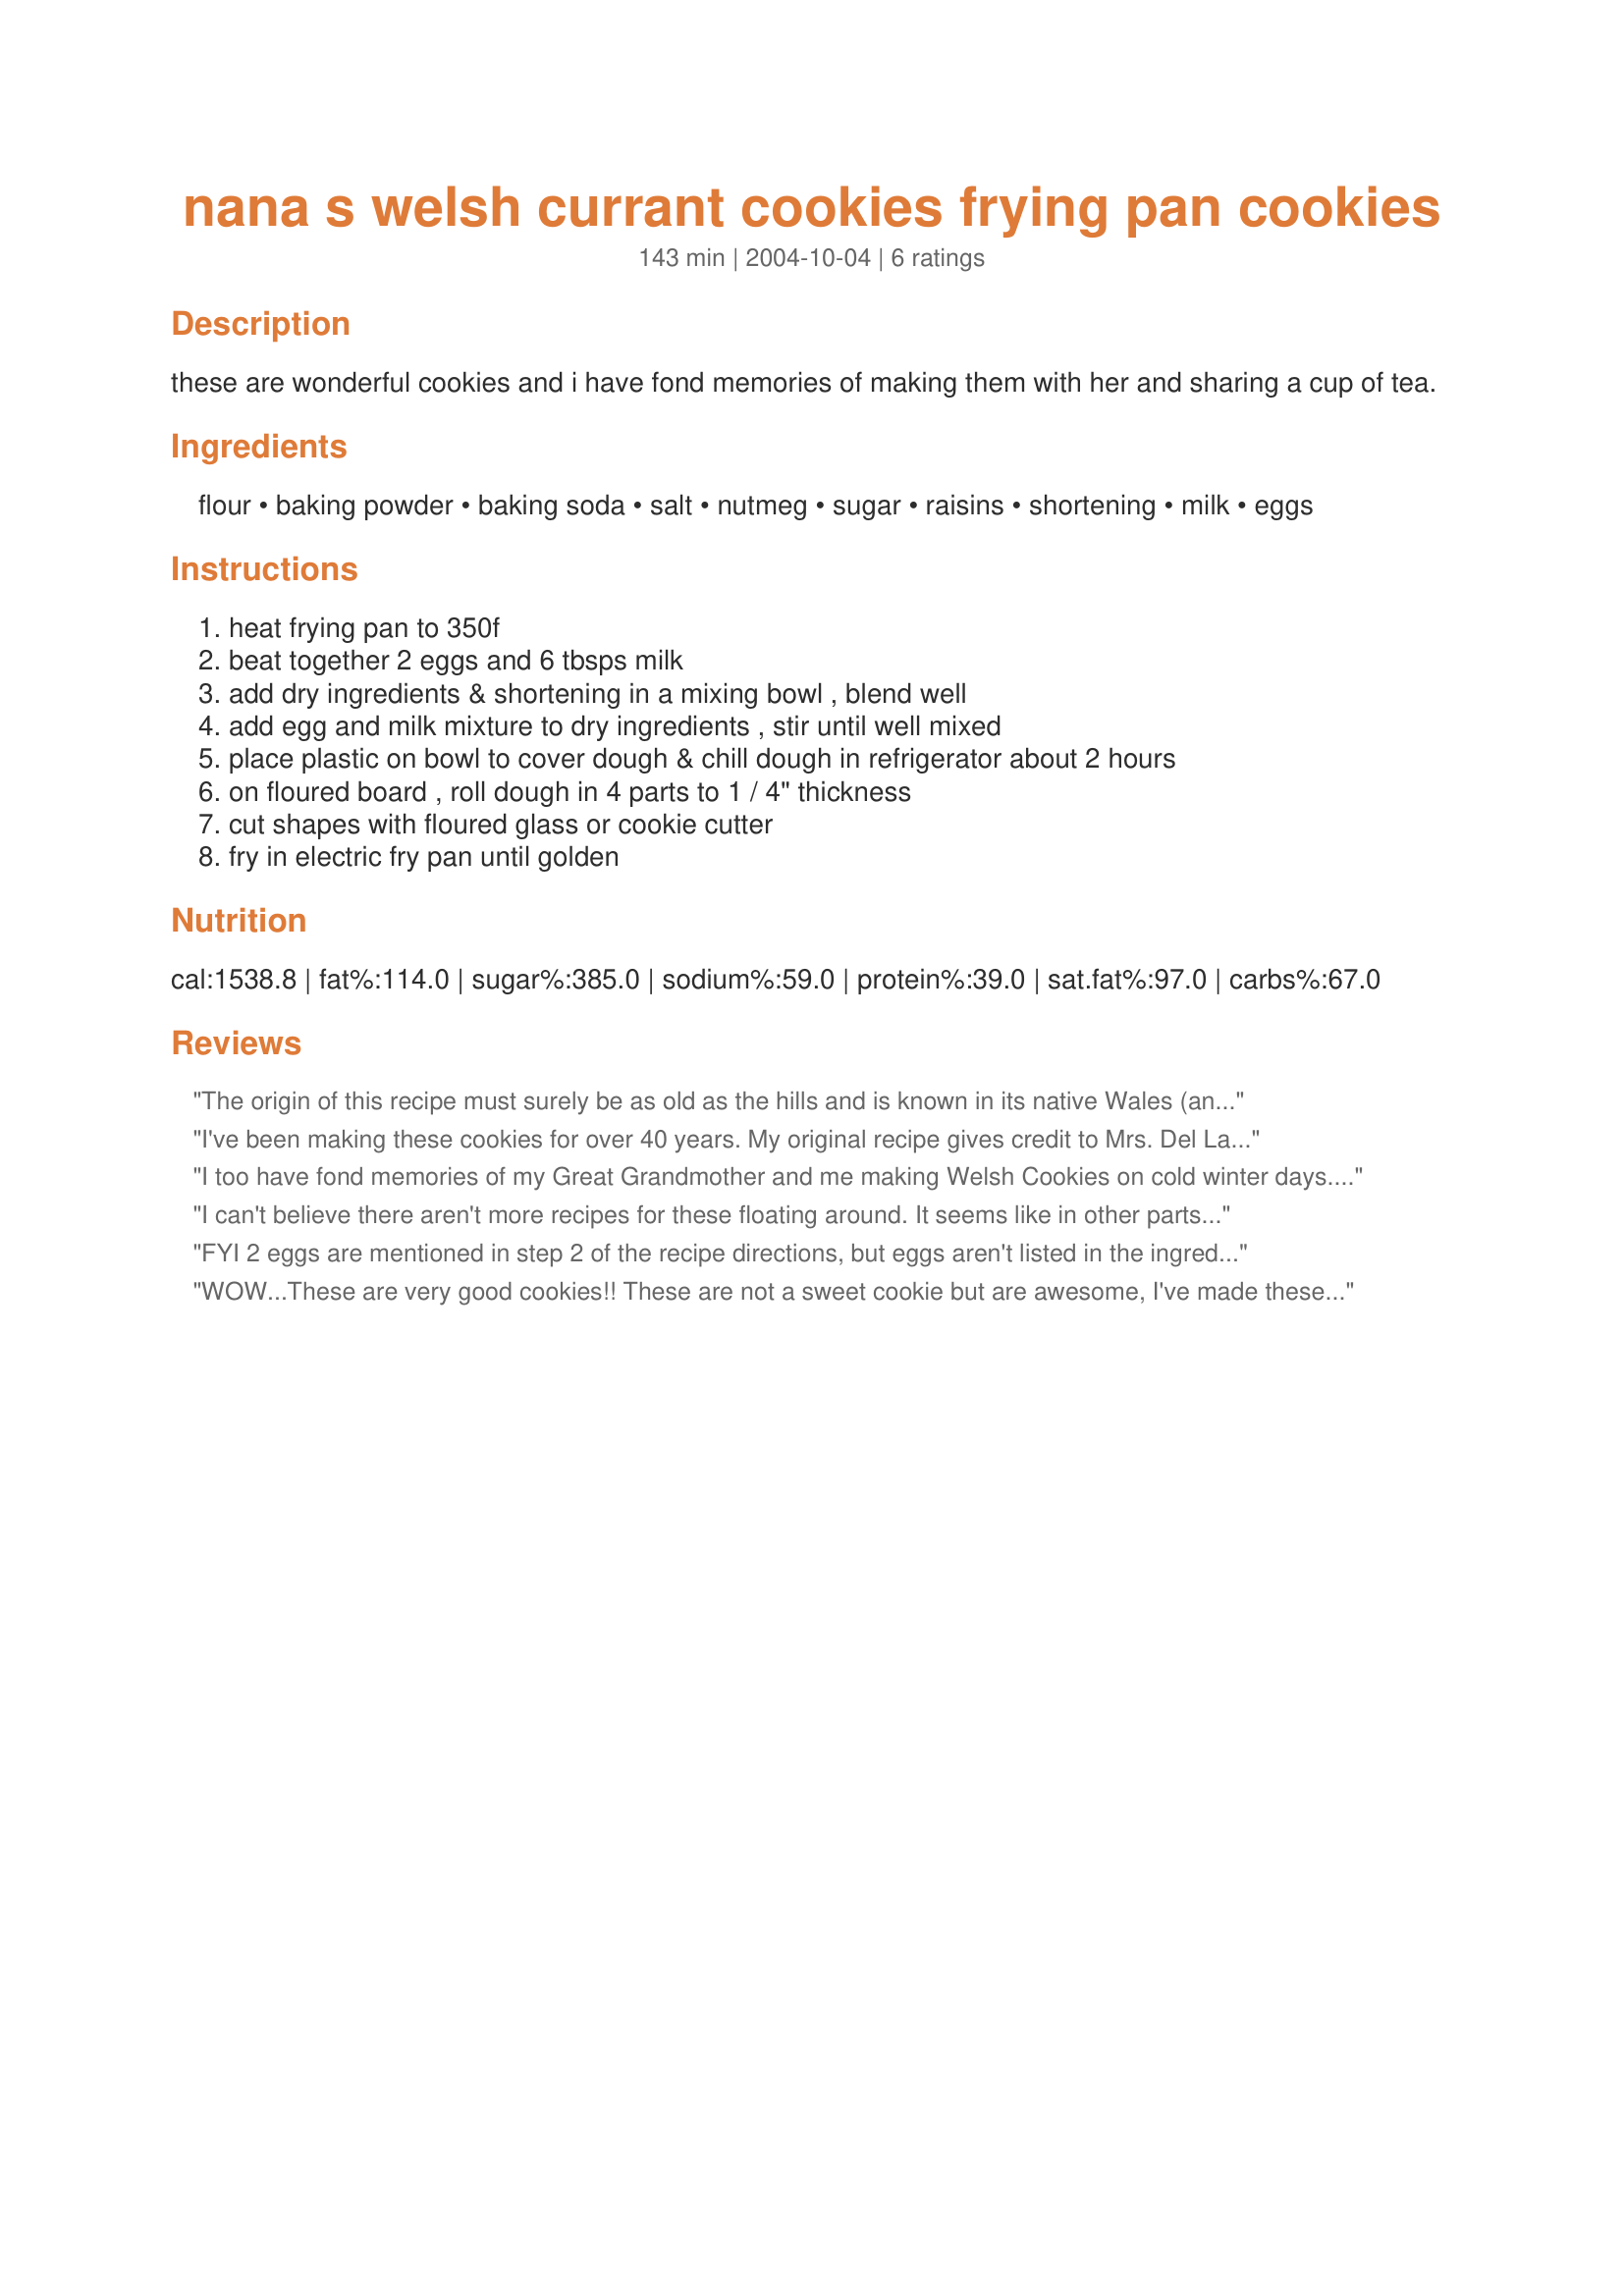
nana s welsh currant cookies frying pan cookies
Preparation time: 143 minutes

these are wonderful cookies and i have fond memories of making them with her and sharing a cup of tea.

Ingredients:
flour, baking powder, baking soda, salt, nutmeg, sugar, raisins, shortening, milk, eggs

Steps:
heat frying pan to 350f, beat together 2 eggs and 6 tbsps milk, add dry ingredients & shortening in a mixing bowl , blend well, add egg and milk mixture to dry ingredients , stir until well mixed, place plastic on bowl to cover dough & chill dough in refrigerator about 2 hours, on floured board , roll dough in 4 parts to 1 / 4" thickness, cut shapes with floured glass or cookie cutter, fry in electric fry pan until golden

Reviews:
The origin of this recipe must surely be as old as the hills and is known in its native Wales (and the rest of the UK), as Welsh cakes, though they are really not quite cake and not quite cookie. The end result should really be more cake or pastry-like in texture, but flat like a cookie.
It's reallyinteresting to find that this recipe has survived almost 100 percent faithful to the original, despite its travels. I usually stick to a mixture of raisins AND currants, and use mixed spice with just a little additional grated nutmeg, but adding the citrus zest suggested by another reviewer does taste great.
An electric fry pan works well but is not absolutely necessary. The 'cookies' were obviously cooked over an open fire originally, so a griddle would have been used. If you have a griddle, so much the better, but these cook equally well in any lightly greased,heavy frying pan.
I've been making these cookies for over 40 years. My original recipe gives credit to Mrs. Del Lanphear, Washington.
Her recipe is slightly different. : 3 1/2 c. flour/ 1 tsp. nutmeg/ 1 large egg/ 1/2 c. milk/ 1 1/4 c. raisins. It has this variation: Add 1 tsp. grated lemon rind instead of the raisins. Good!
 I have found that margarine or oil will not substitute for the shortening. Also, cook on med. heat or they'll burn before they are cooked through. 
This dough keeps for a week or so in the frig. - also can be frozen.
I too have fond memories of my Great Grandmother and me making Welsh Cookies on cold winter days. We would make them for our church coffee hour. I can remember all the older ladies making such a fuss over them. My Great Grandmother would always give me the credit for making them 'all by myself'. LOL! I plan on making them with my kids this Christmas season to pass along the Welsh Cookie tradition. The receipe seems identical to my grandmother's! I can't wait to give it a go.
I can't believe there aren't more recipes for these floating around. It seems like in other parts of the country these are unheard of, but around here (north east Pennsylvania) You can find these pretty easily. There are a couple home business' that supply 1/2 the state's grocery stores with these cookies. Plus you can get them at any fair or farmer's market. Everyone loves these cookies. But I could never find a recipe. Unfortunetely the batter for these never changed in the fridge. I definately couldn't roll it which was disappointing. But I salvaged the dough and made drop cookies out of it. 400 for 13-14 minutes in my oven. They taste good but it's just not the same. I'll be trying again, adding more flour and playing around till I get it right!
FYI 2 eggs are mentioned in step 2 of the recipe directions, but eggs aren't listed in the ingredients. Hope to try this someday, never heard of these kind of cookies before, but they sound interesting. :)
WOW...These are very good cookies!! These are not a sweet cookie but are awesome, I've made these for years and when I do I have to make triple batches due to everyone that likes these wants them too!! Yes, fond memories indeed of these. Thanks for posting these
